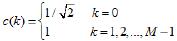
$c(k)=\begin{cases}1/\sqrt{2}&k = 0\\1&\text{otherwise},k = 1,2,\ldots,M - 1\end{cases}$